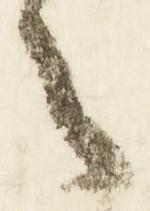
令